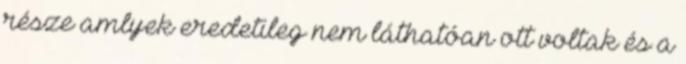
része amlyek eredetileg nem láthatóan ott voltak és a